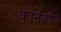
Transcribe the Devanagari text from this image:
कोर्नवॉल